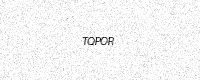
Text: TQPOR